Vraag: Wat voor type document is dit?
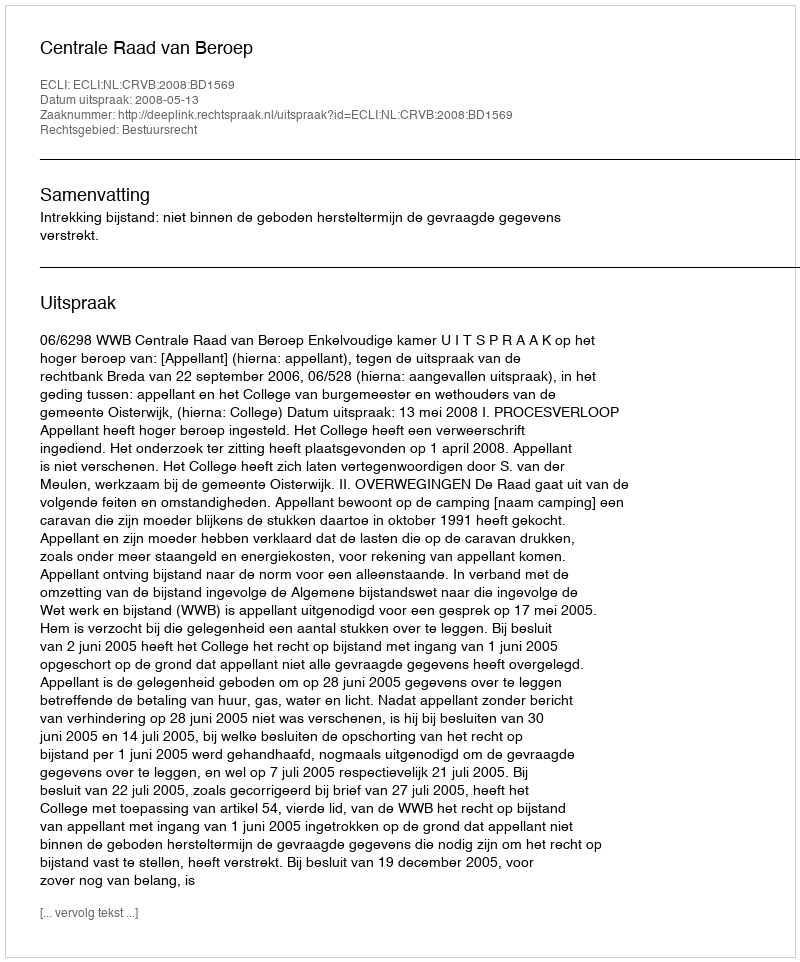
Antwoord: Uitspraak